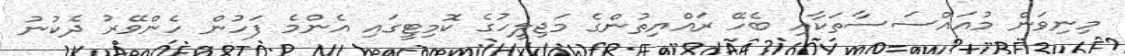
މިނިވަން މުއައްސަސާތަކާއި ބެހޭ ރައްޔިތުންގެ މަޖިލީހުގެ ކޮމިޓީގައި އެންމެ ފަހުން ހެންވޭރު ދެކުނު